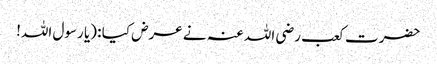
حضرت کعب رضی اللہ عنہ نے عرض کیا : (یا رسول اللہ!